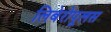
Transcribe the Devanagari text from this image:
लिबेरोपूलस